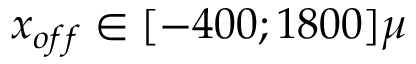
x _ { o f f } \in { } [ - 4 0 0 ; 1 8 0 0 ] \mu